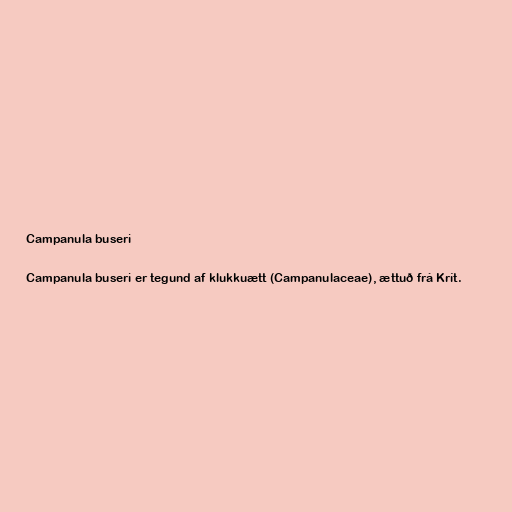
Campanula buseri

Campanula buseri er tegund af klukkuætt (Campanulaceae), ættuð frá Krít.